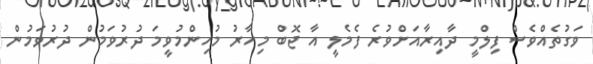
ވަގުތެއްވެސް ފިލްމީ ދާއިރާއަށްވުރެ ފެމެލީ އާ ޖޮބް މިހާރު މުހިންމުވީމަ ދުރުވަމުން ދުރުވަމުން